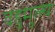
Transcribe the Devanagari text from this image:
वहुमुल्य